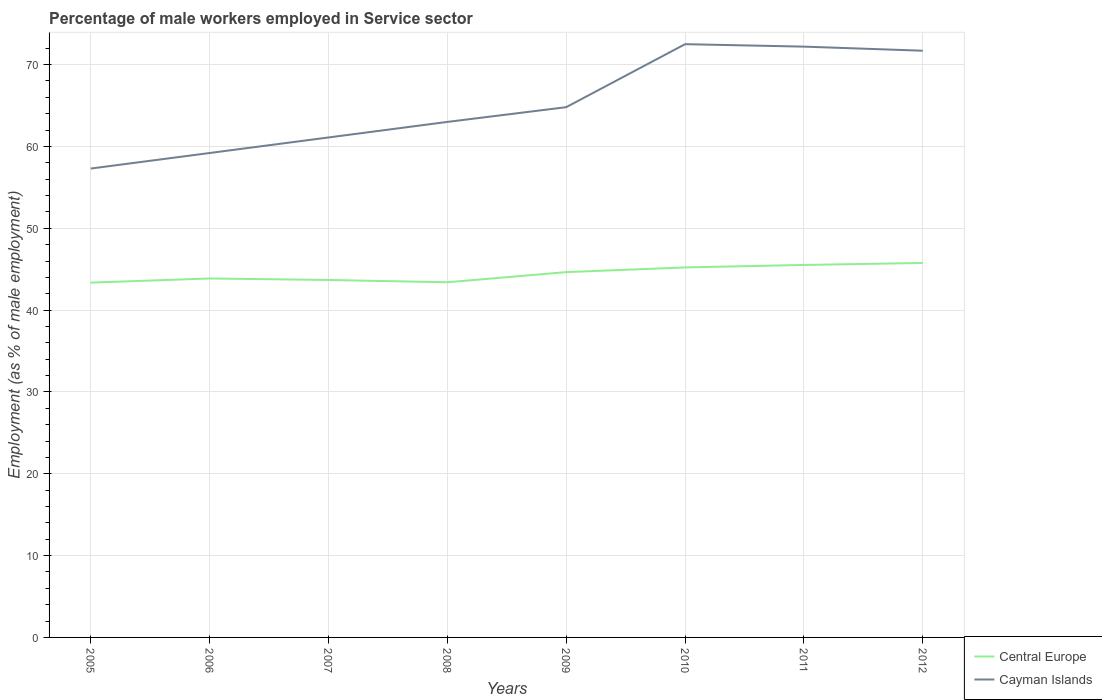
| Years | Central Europe | Cayman Islands |
 | --- | --- | --- |
 | 2005 | 43.4 | 57.3 |
 | 2006 | 43.9 | 59.2 |
 | 2007 | 43.7 | 61.1 |
 | 2008 | 43.4 | 63 |
 | 2009 | 44.6 | 64.8 |
 | 2010 | 45.2 | 72.5 |
 | 2011 | 45.5 | 72.2 |
 | 2012 | 45.8 | 71.7 |